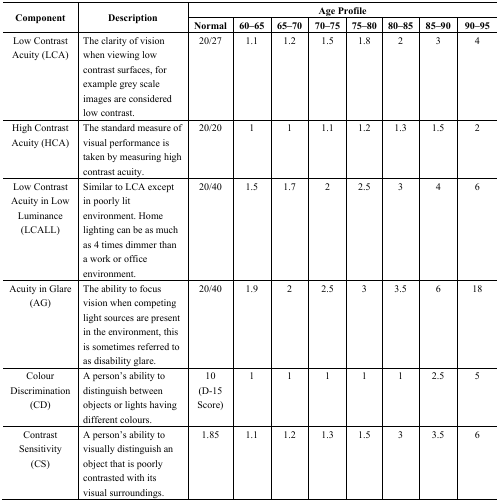
| <ROWSPAN=2> Component | <ROWSPAN=2> Description | <COLSPAN=8> Age Profile |
 | Normal | 60–65 | 65–70 | 70–75 | 75–80 | 80–85 | 85–90 | 90–95 |
 | --- | --- | --- | --- | --- | --- | --- | --- | --- | --- |
 | Low Contrast Acuity (LCA) | The clarity of vision when viewing low contrast surfaces, for example grey scale images are considered low contrast. | 20/27 | 1.1 | 1.2 | 1.5 | 1.8 | 2 | 3 | 4 |
 | High Contrast Acuity (HCA) | The standard measure of visual performance is taken by measuring high contrast acuity. | 20/20 | 1 | 1 | 1.1 | 1.2 | 1.3 | 1.5 | 2 |
 | Low Contrast Acuity in Low Luminance (LCALL) | Similar to LCA except in poorly lit environment. Home lighting can be as much as 4 times dimmer than a work or office environment. | 20/40 | 1.5 | 1.7 | 2 | 2.5 | 3 | 4 | 6 |
 | Acuity in Glare (AG) | The ability to focus vision when competing light sources are present in the environment, this is sometimes referred to as disability glare. | 20/40 | 1.9 | 2 | 2.5 | 3 | 3.5 | 6 | 18 |
 | Colour Discrimination (CD) | A person’s ability to distinguish between objects or lights having different colours. | 10 (D-15 Score) | 1 | 1 | 1 | 1 | 1 | 2.5 | 5 |
 | Contrast Sensitivity (CS) | A person’s ability to visually distinguish an object that is poorly contrasted with its visual surroundings. | 1.85 | 1.1 | 1.2 | 1.3 | 1.5 | 3 | 3.5 | 6 |